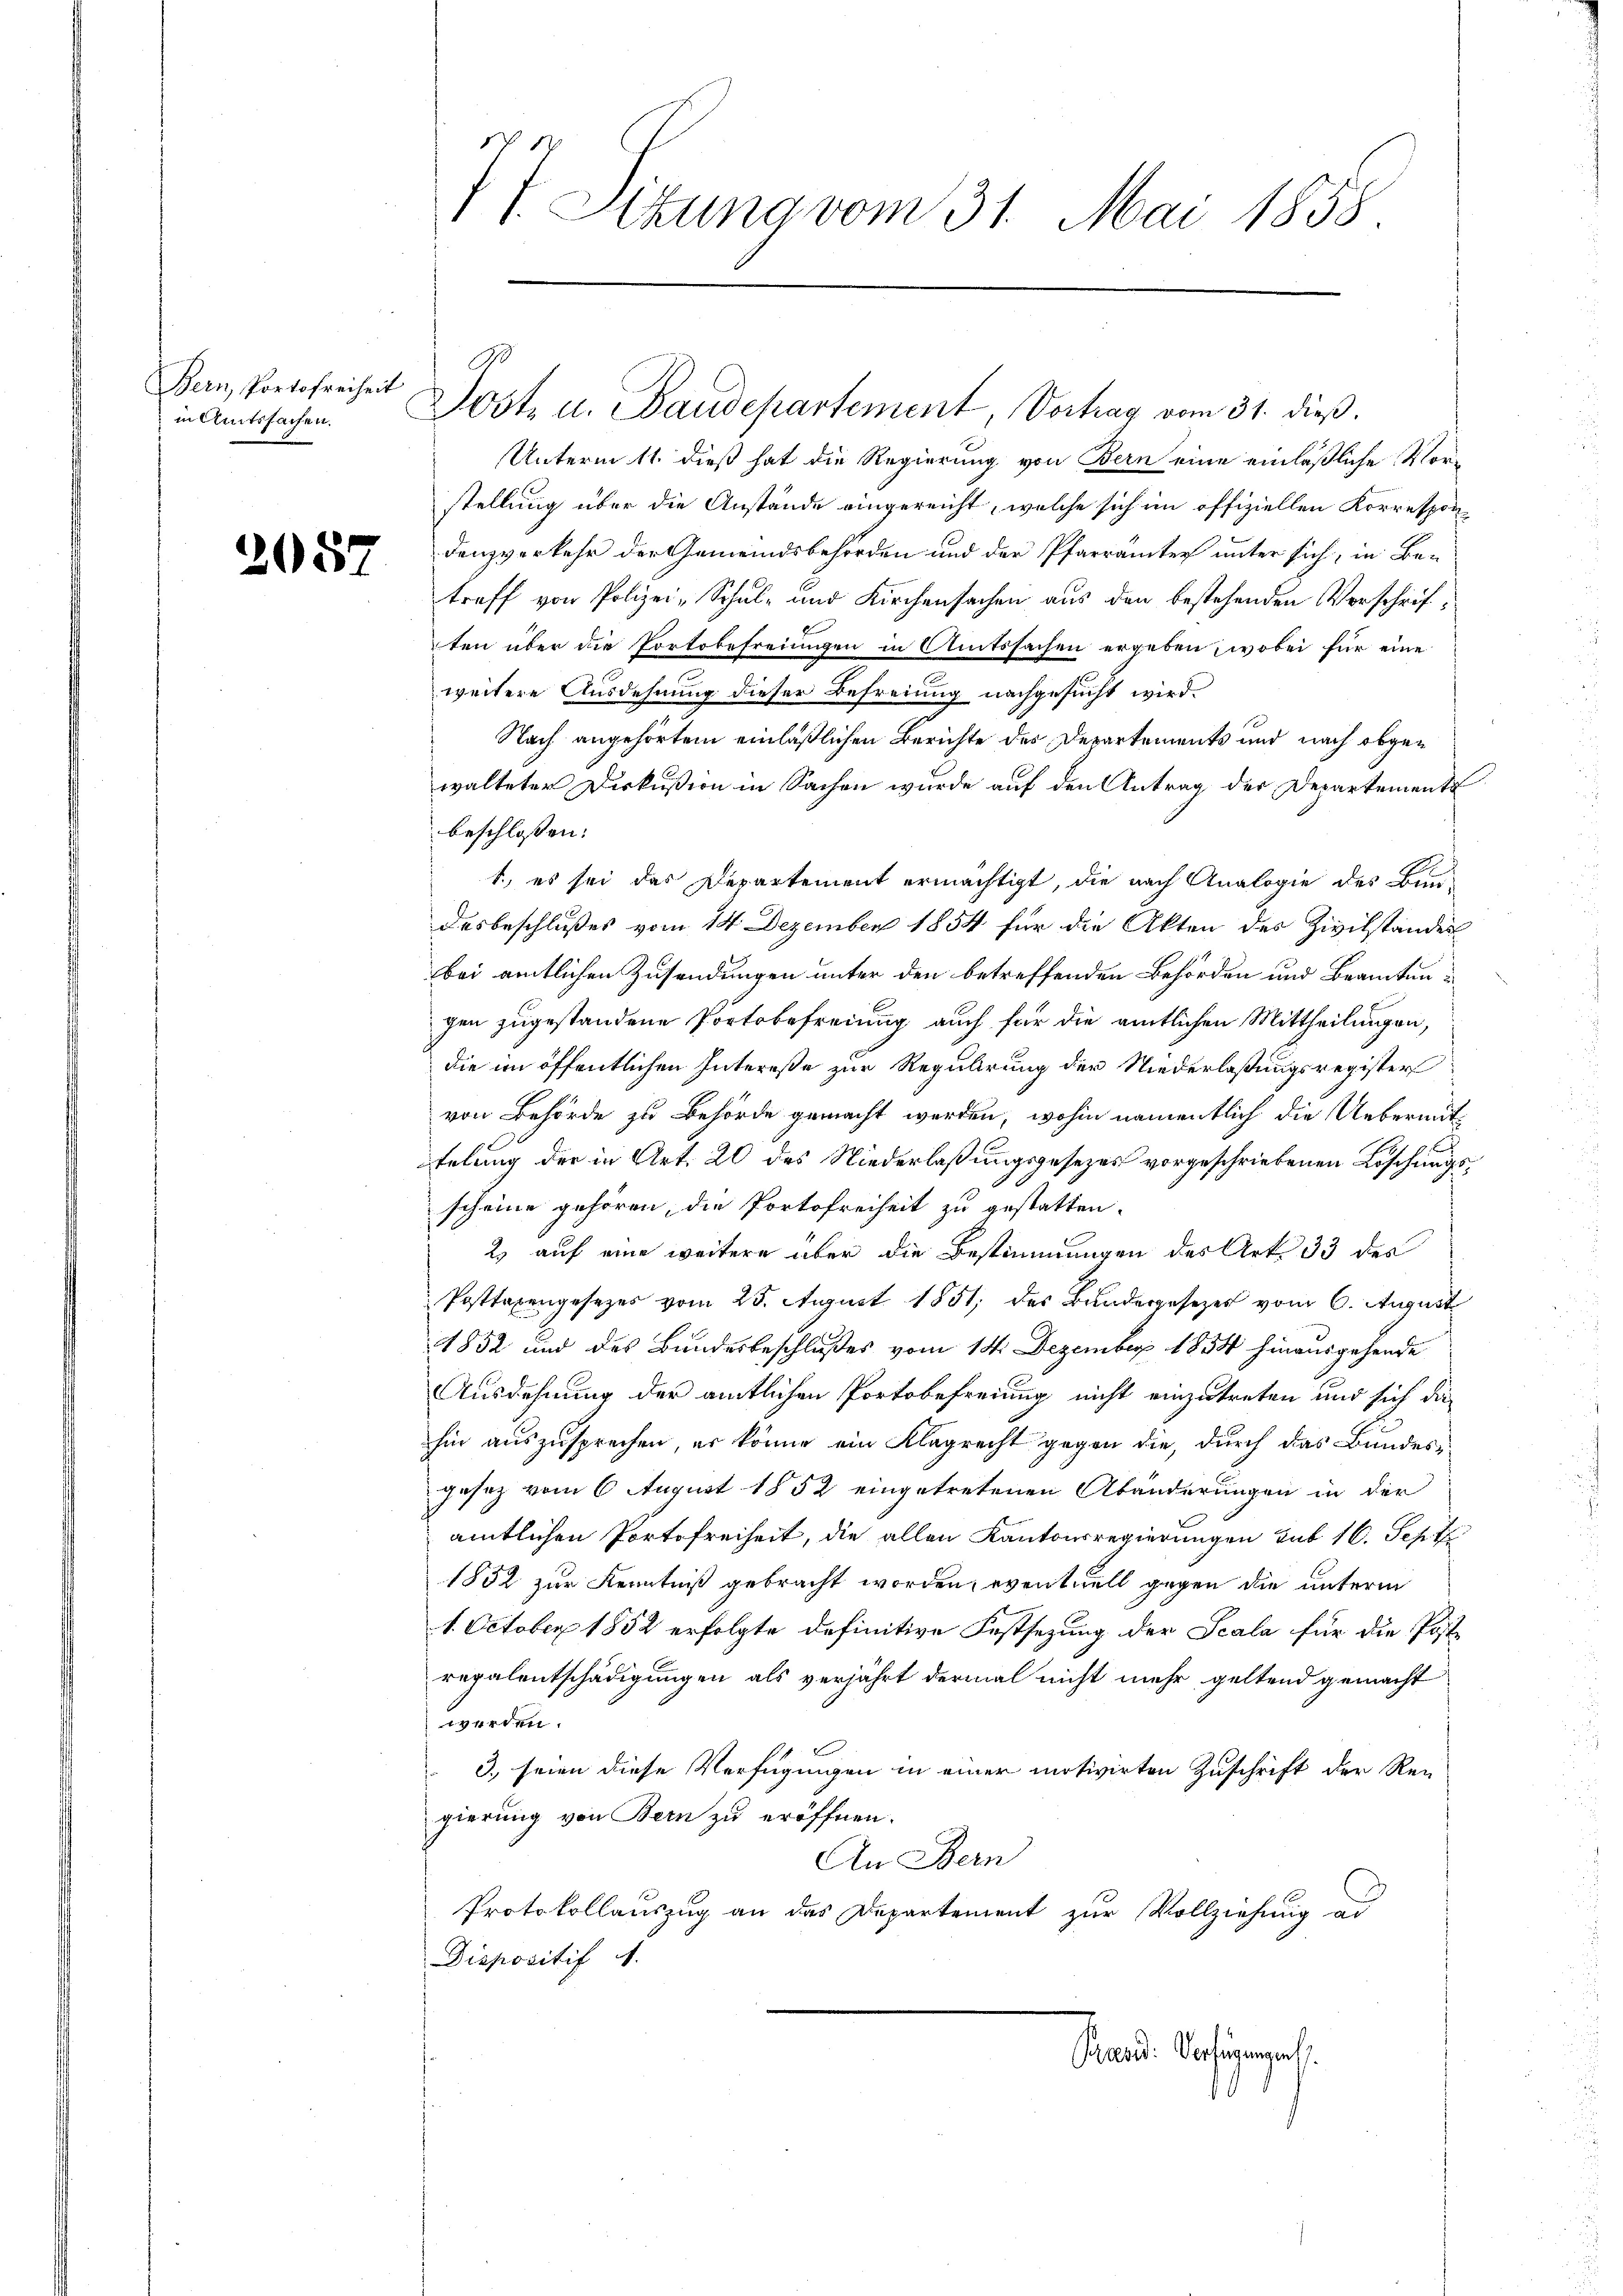
Bern, Portofreiheit
in Amtssachen.

208

77 Sizung vom 31. Mai 1858.

93
Dost u. Baudepartement, Vortrag vom 31. dieß.

Unterm 11. dieß hat die Regierung von Bern eine einläßliche Vorstellung über die Anstände eingereicht, welche sich im offiziellen Korrespondenzverkehr der Gemeindsbehörden und der Pfarrämter unter sich, in Be-
treff von Polizei-Schul- und Kirchensachen aus den bestehenden Verschriften über die Portobefreiungen in Amtssachen ergeben; wobei für eine
weitere Ausdehnung dieser Befreiung nachgesucht wird.
Nach angehörtem einläßlichen Berichte des Departements und nach abgewalteter Diskußion in Sachen wurde auf den Antrag der Departement
beschlossen:
1., es sei das Departement ermächtigt, die nach Analogie des Bun-
desbeschlußes vom 14 Dezember 1854 für die Akten des Zivilstandes
bei amtlichen Zusendungen unter den betreffenden Behörden und Beamten u
gen zugestandene Portobefreiung auch für die amtlichen Mittheilungen,
die im öffentlichen Intereße zur Regulirung der Niederlaßungsregister
von Behörde zu Behörde gemacht werden, wohin namentlich die Uebermittelung der in Art. 20 des Niederlaßungsgesezes vorgeschriebenen Löschungsscheine gehören, die Portofreiheit zu gestatten.
2. auf eine weitere über die Bestimmungen des Art. 33 des
Posttaxengesezes vom 25. August 1851, des Bundergesezes vom 6. August
1852 und des Bundesbeschlußes vom 14. Dezember 1854 hinausgehende
Ausdehnung der amtlichen Portobefreiung nicht einzutreten und sich die
hin auszusprechen, er könne ein Klagrecht gegen die, durch das Bundesgesetz vom 6 August 1852 eingetretenen Abänderungen in der
amtlichen Portofreiheit, die allen Kantonsregierungen auf 10. Sept
1852 zur Kenntniß gebracht worden, eventuell gegen die unterm
1. October 1852 erfolgte definitive Festsezung der Scala für die Postregalentschädigungen als verjährt dermal nicht mehr geltend gemacht
werden.
2
3) seien diese Verfügungen in einer motivirten Zuschrift der Rei-
gierung von Bern zu eröffnen.
An Bern
Protokollauszug an das Departement zur Vollziehung ad
Dispositif A.

Prandi Verfügengas
1